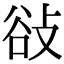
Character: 𢼽